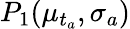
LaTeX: P_{1}(\mu_{t_{a}},\sigma_{a})